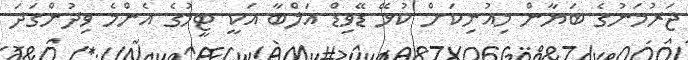
ޖަރުމަނުގެ ބަޔާން މިއުނިކަށް ކުޅޭ ޑޭވިޑް އަލްބާ އަކީ ޓީމުގެ އެންމެ ވިދުންގަދަ